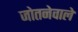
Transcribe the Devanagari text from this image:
जोतनेवाले